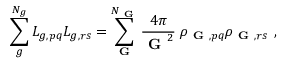
\sum _ { g } ^ { N _ { g } } L _ { g , p q } L _ { g , r s } = \sum _ { \textbf { G } } ^ { N _ { \textbf { G } } } \frac { 4 \pi } { \textbf { G } ^ { 2 } } \; \rho _ { \textbf { G } , p q } \rho _ { \textbf { G } , r s } ~ ,